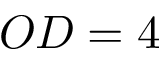
O D = 4